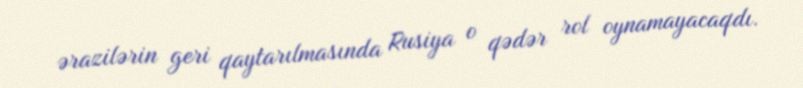
ərazilərin geri qaytarılmasında Rusiya o qədər rol oynamayacaqdı.